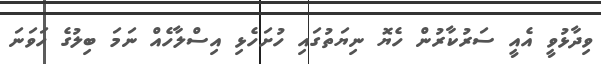
ވިދާޅުވީ އެއީ ސަރުކާރުން ހެޔޮ ނިޔަތުގައި ހުށަހެޅި އިސްލާހެއް ނަމަ ބިލުގެ ހަވަނަ